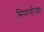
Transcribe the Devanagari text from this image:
सियारहीजेव्ना